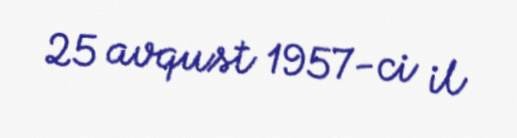
25 avqust 1957-ci il